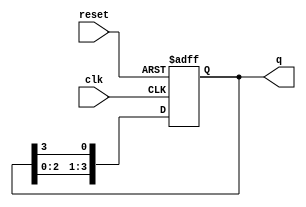
module ring_counter (
    input wire clk,       // Clock input
    input wire reset,     // Asynchronous reset input
    output reg [N-1:0] q  // Output, where N is the number of flip-flops
);
    parameter N = 4; // Number of flip-flops (change as needed)

    always @(posedge clk or posedge reset) begin
        if (reset) begin
            // Initialize the counter to 1000 (only one flip-flop set to '1')
            q <= 1'b1 << (N-1); // Set the MSB to '1', others to '0'
        end else begin
            // Shift the '1' to the left, wrapping around
            q <= {q[N-2:0], q[N-1]}; // Shift left and wrap around
        end
    end
endmodule